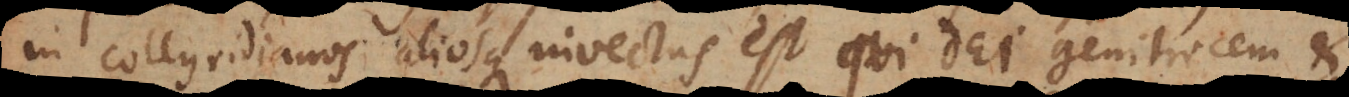
in Collyridianos aliosque invectus est qui Dei genitricem et